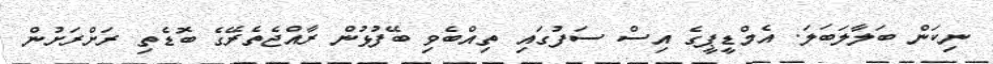
ނިކަން ބަލާލަބަލަ. އެމްޑީޕީގެ އިސް ސަފުގައި ތިއްބެވި ބޭފުޅުން ރާއްޖެތެރޭގެ ބޮޑެތި ރަށްރަށުން